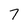
Character: 7